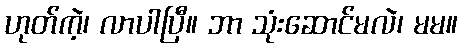
ဟုတ်ကဲ့၊ လာပါပြီ။ ဘာ သုံးဆောင်မလဲ၊ မမ။